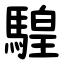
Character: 騜